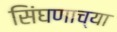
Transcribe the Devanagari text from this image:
सिंघणाच्या